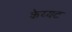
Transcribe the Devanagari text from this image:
केय्यट